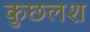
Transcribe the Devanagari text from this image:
कुछलश